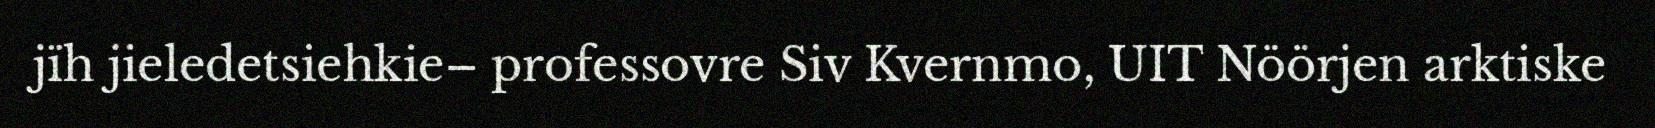
jïh jieledetsiehkie– professovre Siv Kvernmo, UIT Nöörjen arktiske